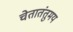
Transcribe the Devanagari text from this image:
चेतातंतुमय